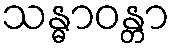
သန္ဓာဝန္တာ